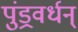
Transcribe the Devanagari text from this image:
पुंड्रवर्धन्